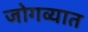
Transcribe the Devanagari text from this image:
जोगव्यात